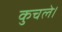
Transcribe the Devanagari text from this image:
कुचले।